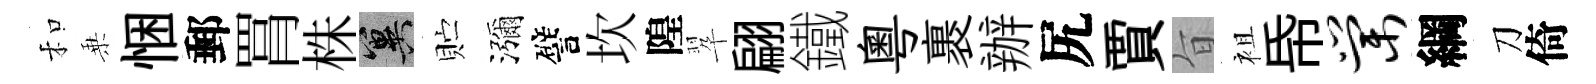
和乗悃郵罥株冀贮瀰譬坎隍翆翩鐵粤裹辦尻賈旨袓帋棠綱刀倚